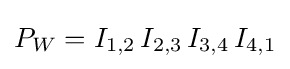
P_{W}=I_{1,2}\,I_{2,3}\,I_{3,4}\,I_{4,1}